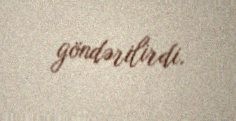
göndərilirdi.